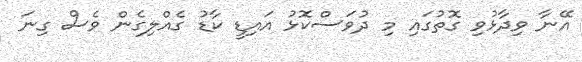
އޭނާ ވިދާޅުވި ގޮތުގައި މި ދުވަސްކޮޅު އައިޑީ ކާޑު ގެއްލިގެން ވެސް ގިނަ